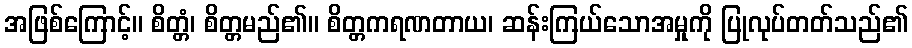
အဖြစ်ကြောင့်။ စိတ္တံ၊ စိတ္တမည်၏။ စိတ္တကရဏတာယ၊ ဆန်းကြယ်သောအမှုကို ပြုလုပ်တတ်သည်၏